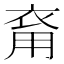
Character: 𧙚